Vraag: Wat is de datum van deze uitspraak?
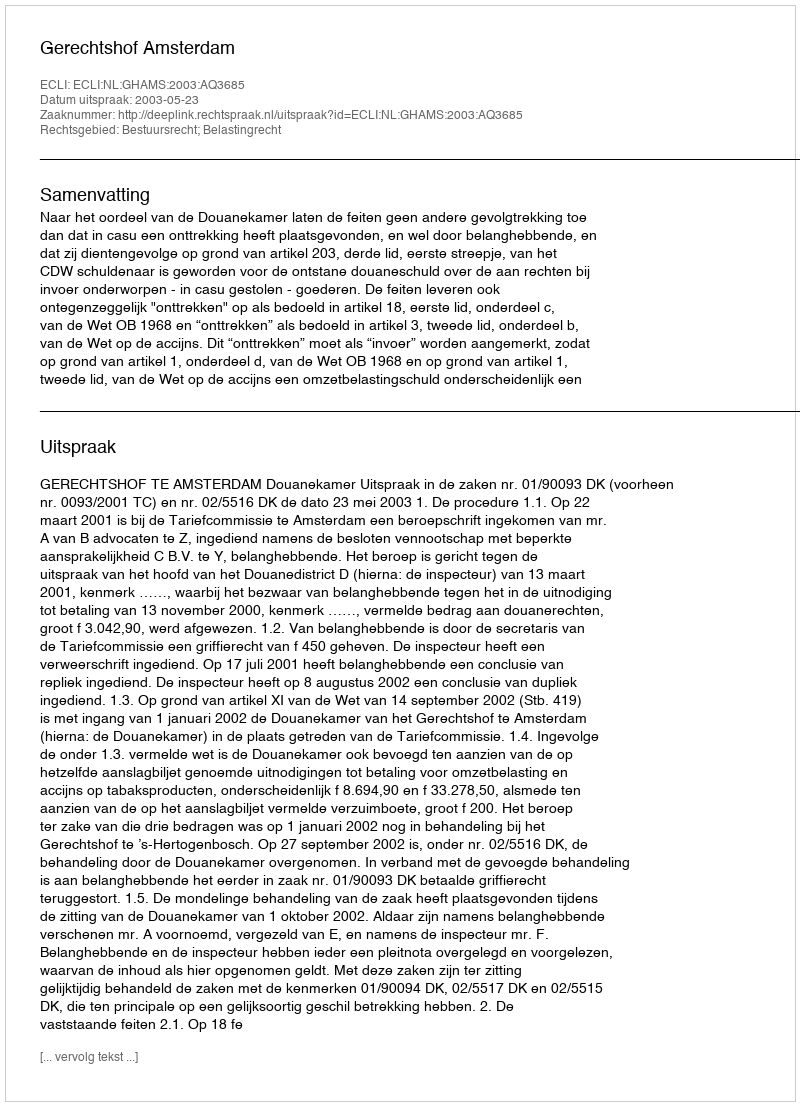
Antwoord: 2003-05-23